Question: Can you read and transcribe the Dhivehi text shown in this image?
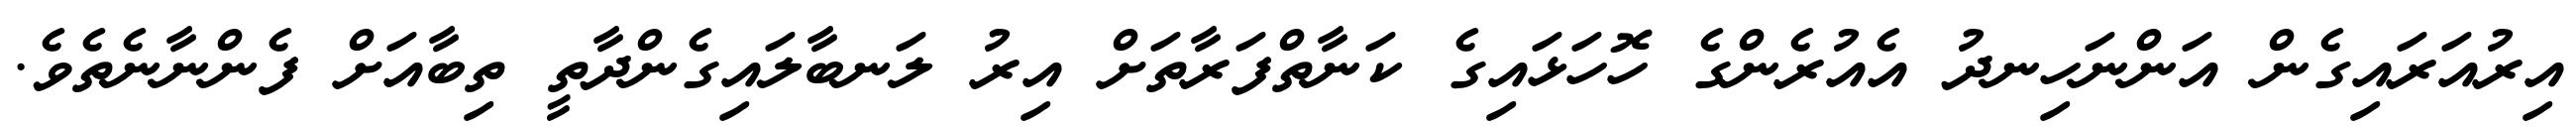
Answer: އިރުއަރައިގެން އަންނަހިނދު އެއުރެންގެ ހޮހަޅައިގެ ކަނާތްފަރާތަށް އިރު ލަނބާލައިގެންދާތީ ތިބާއަށް ފެންނާނެތެވެ.